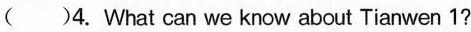
A.It was sent before the Shenzhou and Chang'e series.